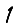
Digit: 1